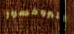
البروفسور